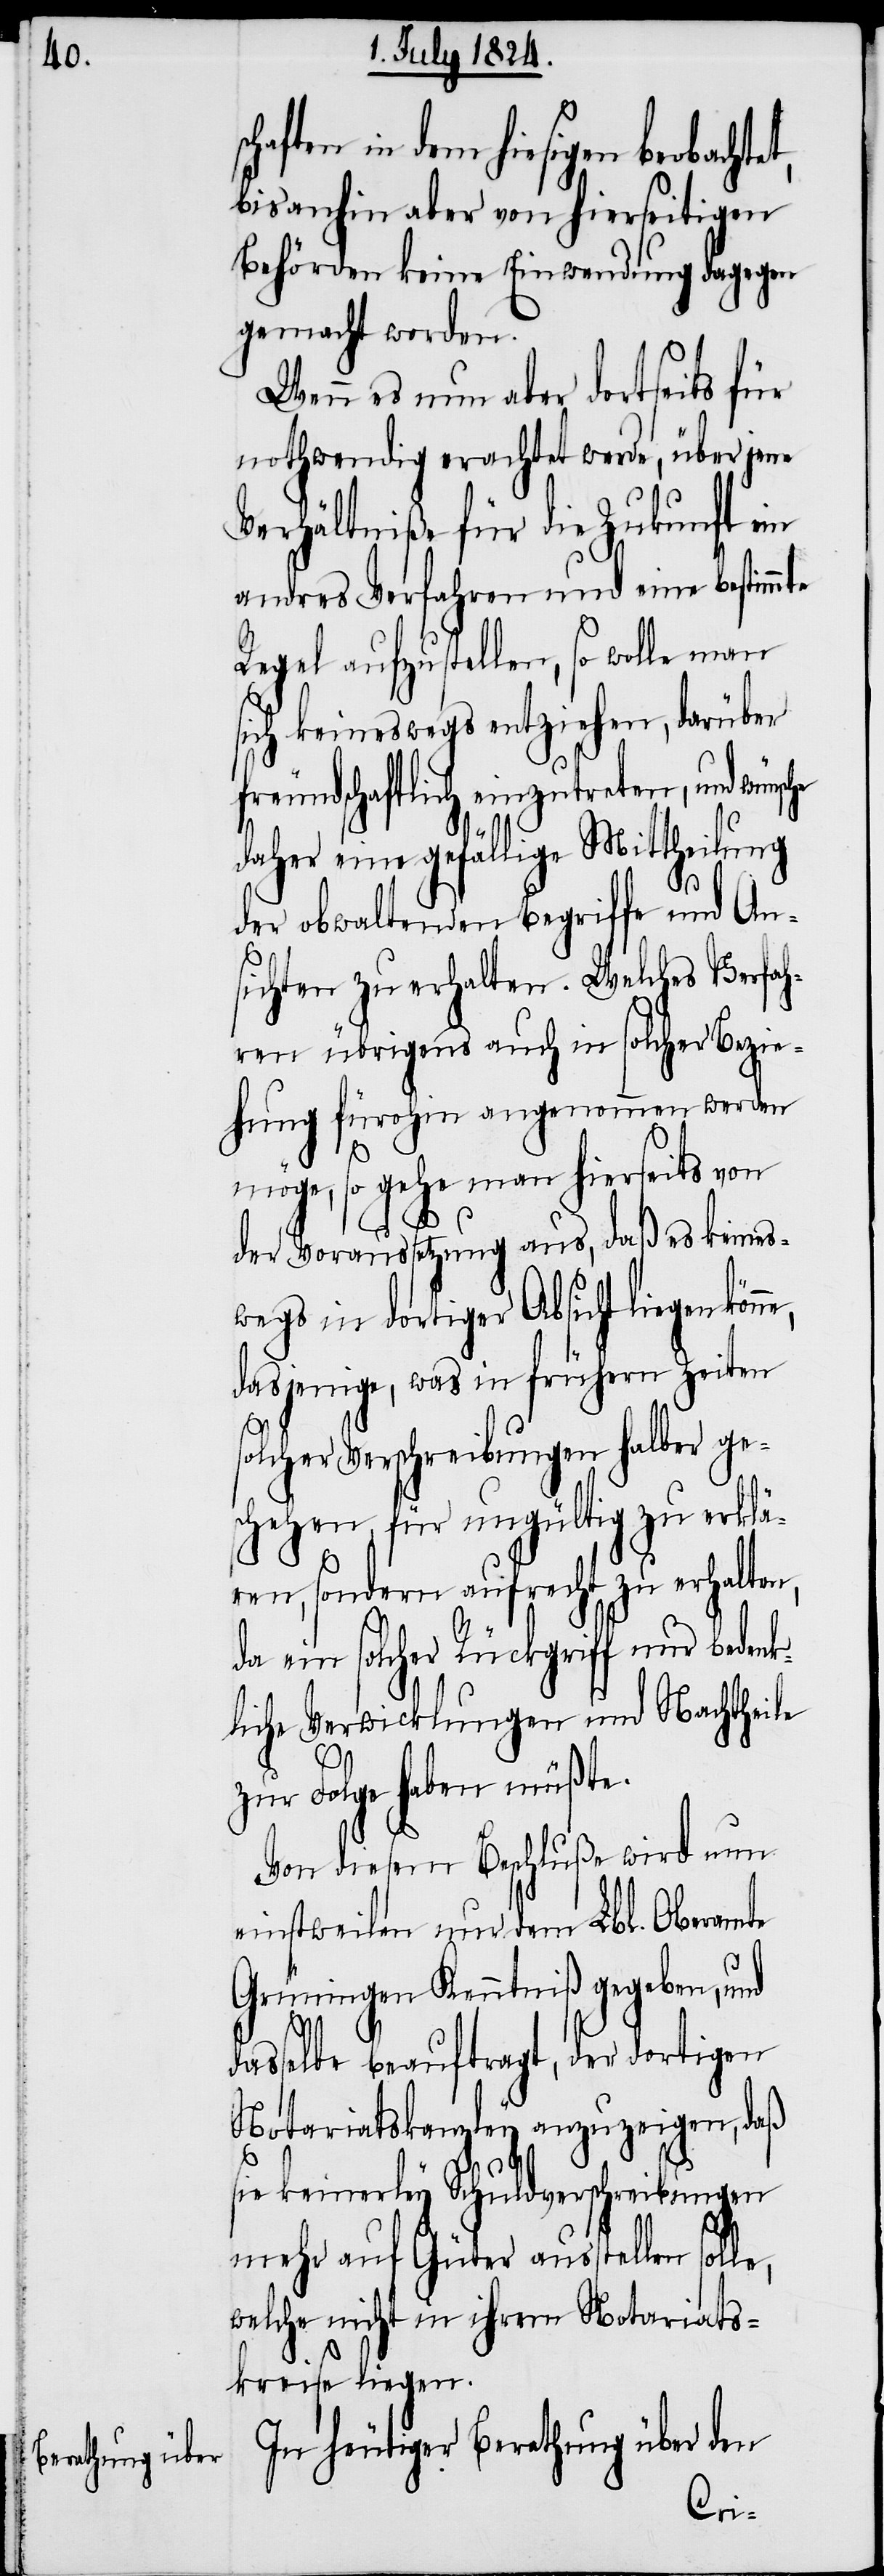
haften in dem hiesigen beobachte¬
bis anhin aber von hierseitigen
Behörden keine Einwendung dagegen
gemacht worden.
Wenn es nun aber dortseits für
nothwendig erachtet werde, über jene
Verhältniße für die Zukunft ein
andres Verfahren und eine bestimmte
Regel aufzustellen, so wolle man
sich keineswegs entziehen, darüber
freundschaftlich einzutreten, und wüns¬
daher eine gefällige Mittheilung
der obwaltenden Begriffe und An¬
sichten zu erhalten. Welches Verfah¬
ren übrigens auch in solcher Bezie¬
hung fürohin angenommen werden
möge, so gehe man hierseits von
der Voraussetzung aus, daß es keines¬
wegs in dortiger Absicht liegen
dasjenige, was in frühern Zeiten
solcher Verschreibungen halber ge¬
schehen, für ungültig zu erklä¬
ren, sondern aufrecht zu erhalte¬
da ein solcher Rückgriff nur bedenk¬
liche Verwicklungen und Nachtheile
zur Folge haben müßt¬
Von diesem Beschluße wird nun
einstweilen nur dem Lbl. Oberamte
Grüningen Kenntniß gegeben, und
asselbe beauftragt, der dortigen
Notariatskanzley anzuzeigen, daß
sie keinerley Schuldverschreibungen
mehr auf Güter ausstellen sol¬
welche nicht in ihrem Notariats¬
kreise liegen.
In heutiger Berathung über den
le,